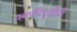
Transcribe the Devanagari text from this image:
स्वपरिपूर्तीची